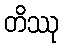
တိဿု